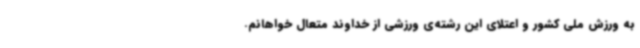
به ورزش ملی کشور و اعتلای این رشته‌ی ورزشی از خداوند متعال خواهانم.